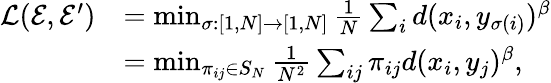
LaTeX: \begin{array}{rl}{\mathcal{L}(\mathcal{E},\mathcal{E}^{\prime})}&{=\operatorname*{min}_{\sigma:[1,N]\to[1,N]}\frac{1}{N}\sum_{i}d(x_{i},y_{\sigma(i)})^{\beta}}\\ &{=\operatorname*{min}_{\pi_{ij}\in S_{N}}\frac{1}{N^{2}}\sum_{ij}\pi_{ij}d(x_{i},y_{j})^{\beta},}\end{array}